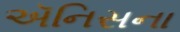
ઍનિસના